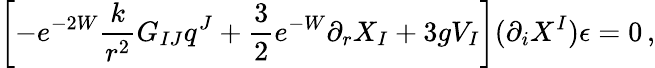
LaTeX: \left[-e^{-2W}\frac{k}{r^{2}}G_{IJ}q^{J}+\frac 32e^{-W}\partial_{r}X_{I}+3gV_{I}\right](\partial_{i}X^{I})\epsilon=0\, ,